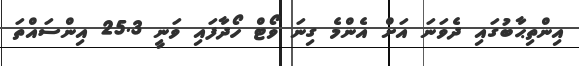
އިންތިޙާބުގައި ދެވަނަ އަށް އެންމެ ގިނަ ވޯޓް ހޯދާފައި ވަނީ 25.3 އިންސައްތަ